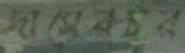
দাসেরচর